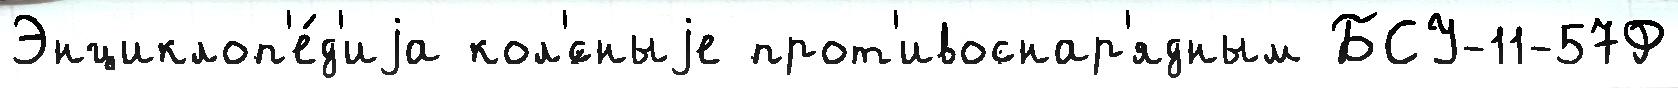
Энциклоп'е́д'иjа кол'́сныjе прот'ивоснар'ядным БСУ-11-57Ф